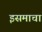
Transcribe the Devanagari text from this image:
इसमाचा